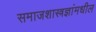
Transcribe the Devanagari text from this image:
समाजशास्त्रज्ञांमधील